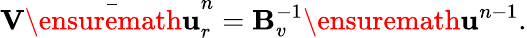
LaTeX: \mathbf{V}\bar{\ensuremath{\mathbf{u}}}_{r}^{n}=\mathbf{B}_{v}^{-1}\ensuremath{\mathbf{u}}^{n-1}.